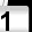
Digit: 1